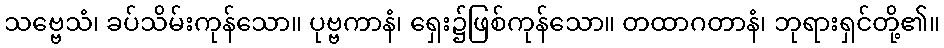
သဗ္ဗေသံ၊ ခပ်သိမ်းကုန်သော။ ပုဗ္ဗကာနံ၊ ရှေး၌ဖြစ်ကုန်သော။ တထာဂတာနံ၊ ဘုရားရှင်တို့၏။